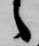
之